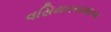
વસિયતનામાના